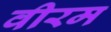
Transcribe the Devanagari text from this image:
वीरम